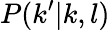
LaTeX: P(k^{\prime}|k,l)